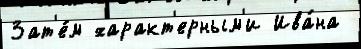
Зат'е́м характ'ерным'и Ива́на